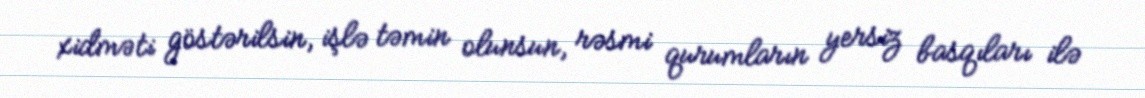
xidməti göstərilsin, işlə təmin olunsun, rəsmi qurumların yersiz basqıları ilə